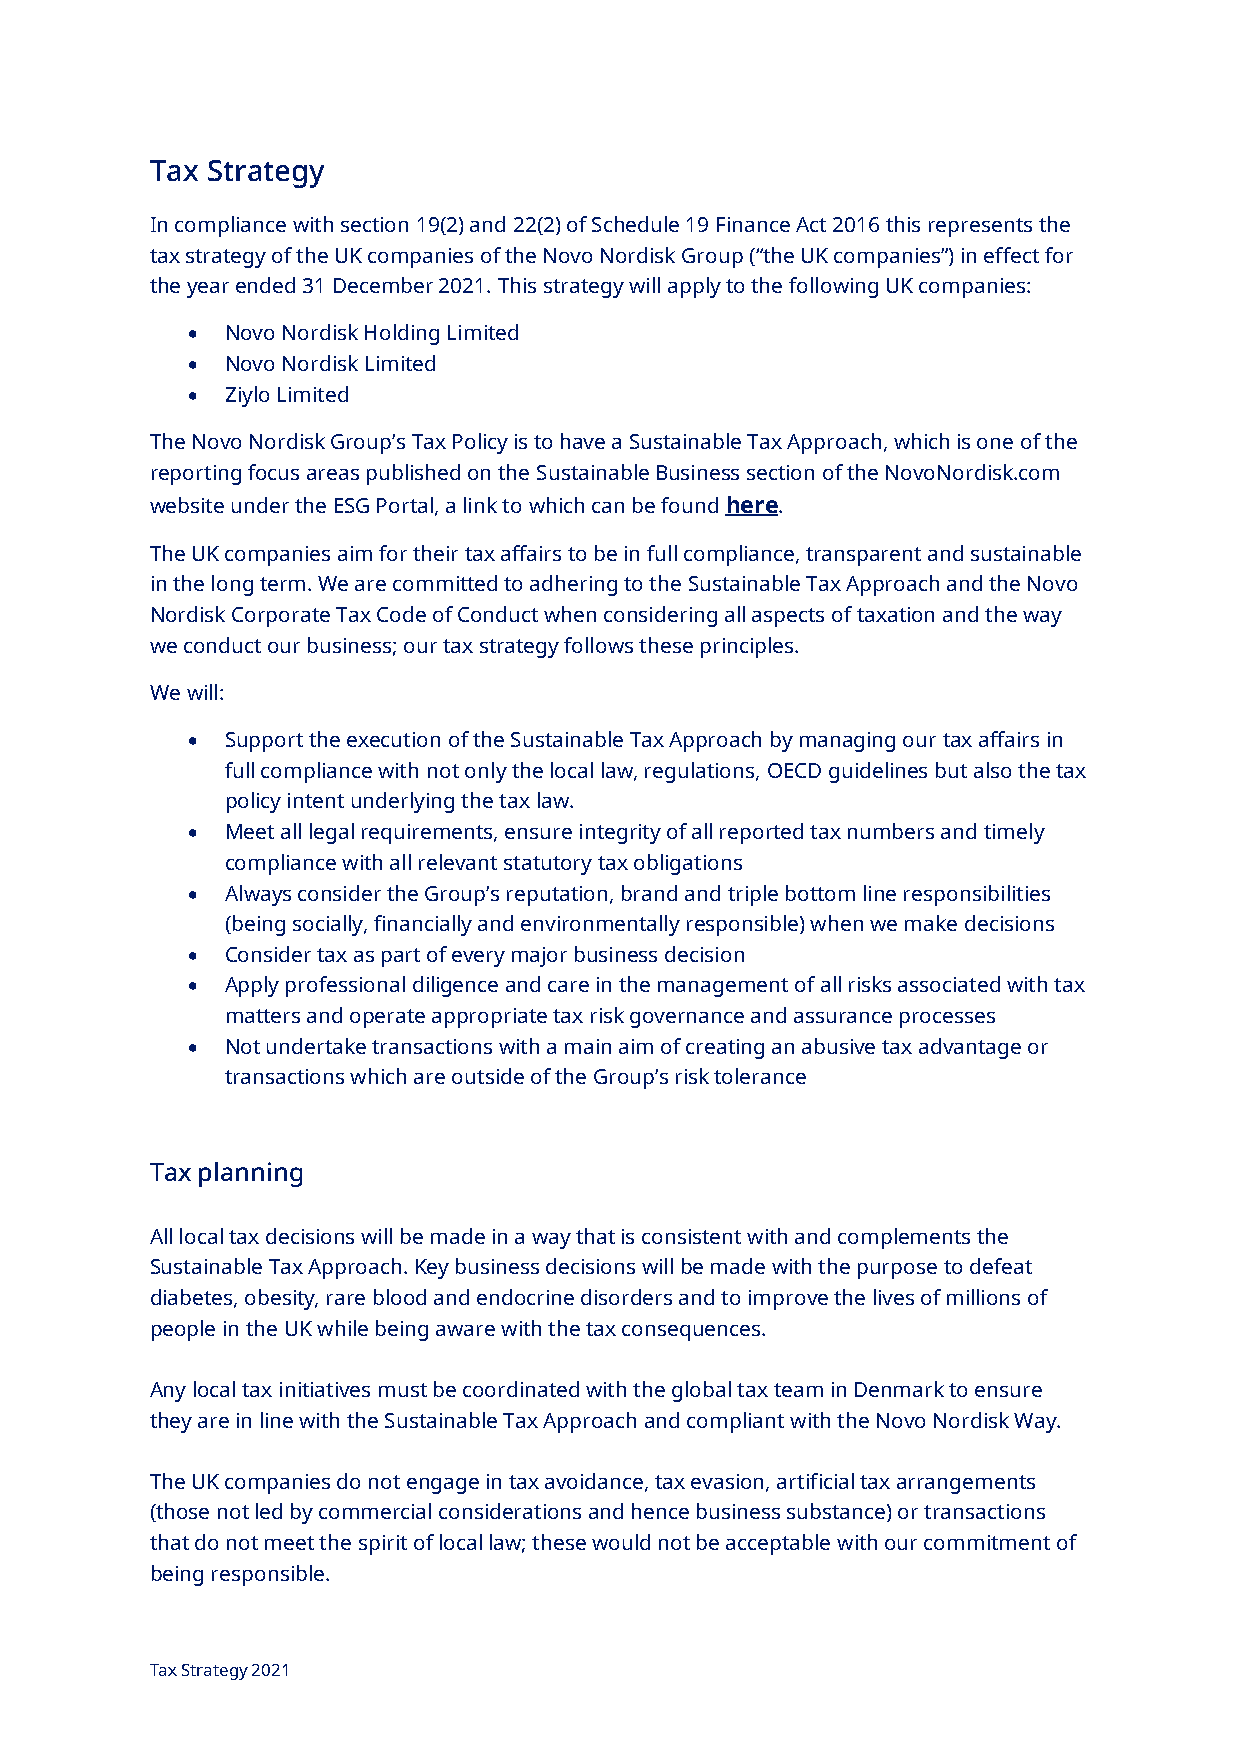
Tax Strategy
 In compliance with section 19(2) and 22(2) of Schedule 19 Finance Act 2016 this represents the
 tax strategy of the UK companies of the Novo Nordisk Group (“the UK companies”) in effect for
 the year ended 31 December 2021. This strategy will apply to the following UK companies:
   Novo Nordisk Holding Limited
   Novo Nordisk Limited
   Ziylo Limited
 The Novo Nordisk Group’s Tax Policy is to have a Sustainable Tax Approach, which is one of the
 reporting focus areas published on the Sustainable Business section of the NovoNordisk.com
 website under the ESG Portal, a link to which can be found here.
 The UK companies aim for their tax affairs to be in full compliance, transparent and sustainable
 in the long term. We are committed to adhering to the Sustainable Tax Approach and the Novo
 Nordisk Corporate Tax Code of Conduct when considering all aspects of taxation and the way
 we conduct our business; our tax strategy follows these principles.
 We will:
   Support the execution of the Sustainable Tax Approach by managing our tax affairs in
 full compliance with not only the local law, regulations, OECD guidelines but also the tax
 policy intent underlying the tax law.
   Meet all legal requirements, ensure integrity of all reported tax numbers and timely
 compliance with all relevant statutory tax obligations
   Always consider the Group’s reputation, brand and triple bottom line responsibilities
 (being socially, financially and environmentally responsible) when we make decisions
   Consider tax as part of every major business decision
   Apply professional diligence and care in the management of all risks associated with tax
 matters and operate appropriate tax risk governance and assurance processes
   Not undertake transactions with a main aim of creating an abusive tax advantage or
 transactions which are outside of the Group’s risk tolerance
 Tax planning
 All local tax decisions will be made in a way that is consistent with and complements the
 Sustainable Tax Approach. Key business decisions will be made with the purpose to defeat
 diabetes, obesity, rare blood and endocrine disorders and to improve the lives of millions of
 people in the UK while being aware with the tax consequences.
 Any local tax initiatives must be coordinated with the global tax team in Denmark to ensure
 they are in line with the Sustainable Tax Approach and compliant with the Novo Nordisk Way.
 The UK companies do not engage in tax avoidance, tax evasion, artificial tax arrangements
 (those not led by commercial considerations and hence business substance) or transactions
 that do not meet the spirit of local law; these would not be acceptable with our commitment of
 being responsible.
 Tax Strategy 2021